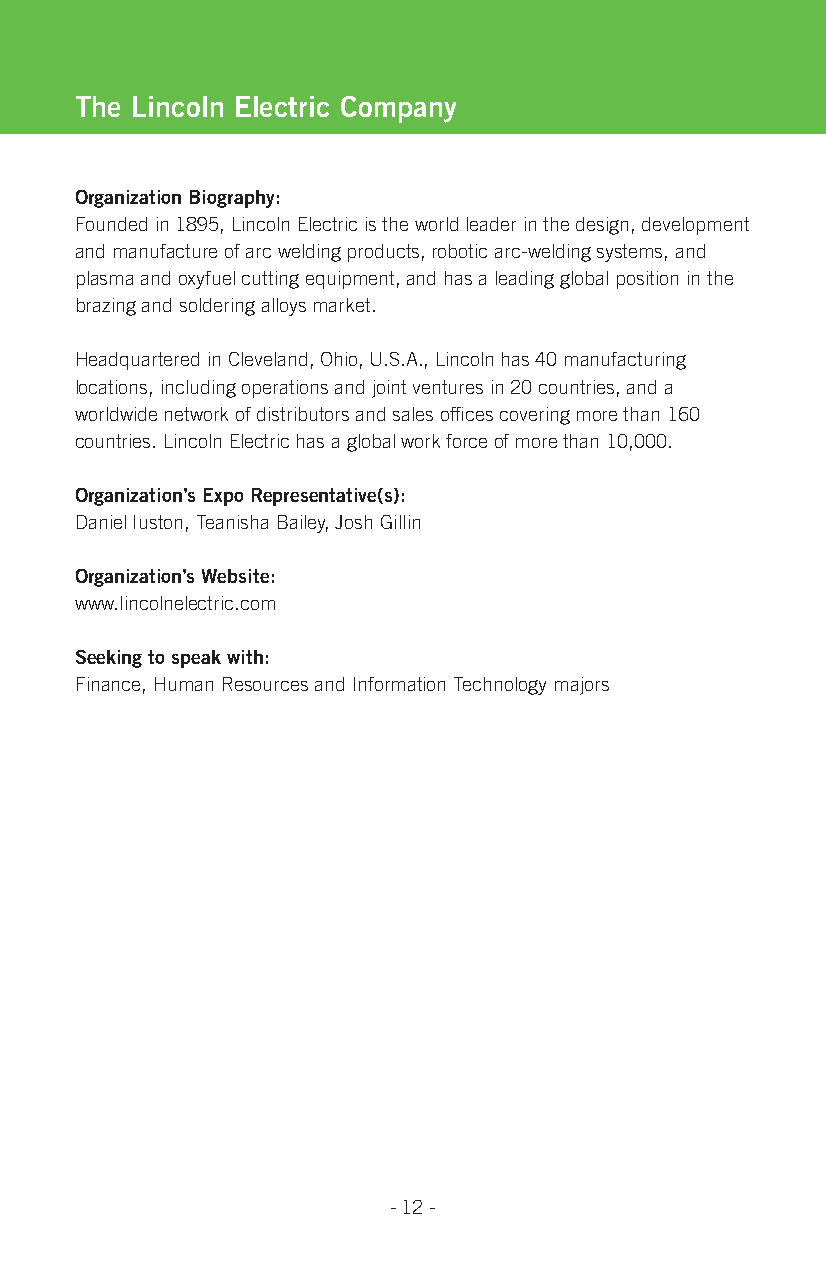
the Lincoln electric Company
 organization Biography:
 Founded in 1895, Lincoln Electric is the world leader in the design, development
 and manufacture of arc welding products, robotic arc-welding systems, and
 plasma and oxyfuel cutting equipment, and has a leading global position in the
 brazing and soldering alloys market.
 Headquartered in Cleveland, Ohio, U.S.A., Lincoln has 40 manufacturing
 locations, including operations and joint ventures in 20 countries, and a
 worldwide network of distributors and sales offices covering more than 160
 countries. Lincoln Electric has a global work force of more than 10,000.
 organization’s expo representative(s):
 Daniel Iuston, Teanisha Bailey, Josh Gillin
 organization’s Website:
 www.lincolnelectric.com
 seeking to speak with:
 Finance, Human Resources and Information Technology majors
 - 12 -